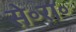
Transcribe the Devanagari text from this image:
से॰रा॰